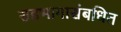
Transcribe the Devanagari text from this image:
सहभागासंबधित